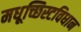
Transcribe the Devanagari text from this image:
मधूच्छिस्टविधान